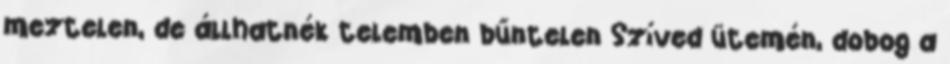
meztelen, de állhatnék telemben bűntelen Szíved ütemén, dobog a